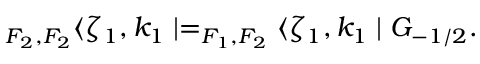
_ { F _ { 2 } , F _ { 2 } } \langle \zeta _ { 1 } , k _ { 1 } \mid = _ { F _ { 1 } , F _ { 2 } } \langle \zeta _ { 1 } , k _ { 1 } \mid G _ { - 1 / 2 } .